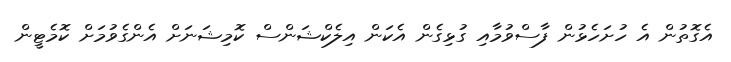
އެގޮތުން އެ ހުށަހެޅުން ފާސްވުމާއި ގުޅިގެން އެކަން އިލެކްޝަންސް ކޮމިޝަނަށް އެންގެވުމަށް ކޮމެޓީން